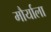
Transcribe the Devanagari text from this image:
मौर्याला